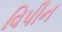
વિપીન